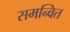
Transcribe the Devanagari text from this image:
समन्‍वित